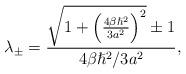
LaTeX: \begin{align*}\lambda_{\pm}=\frac{\sqrt{1+\left(\frac{4\beta \hslash^{2}}{3a^{2}}\right)^{2}}\pm 1}{4\beta\hslash^{2}/3a^{2}},\end{align*}